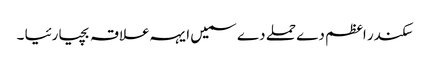
سکندر اعظم دے حملے دے سمیں ایہہ علاقہ بچیا رئیا ۔